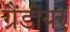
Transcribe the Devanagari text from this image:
ग्रैंडीयर